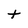
Character: t